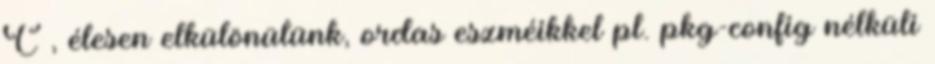
C , élesen elkülönülünk, ordas eszméikkel pl. pkg-config nélküli